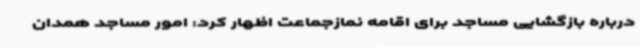
درباره بازگشایی مساجد برای اقامه نمازجماعت اظهار کرد: امور مساجد همدان